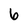
Character: 6